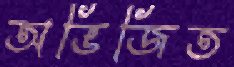
অভিজিত